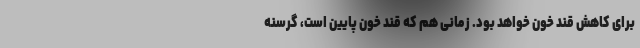
برای کاهش قند خون خواهد بود. زمانی هم که قند خون پایین است، گرسنه